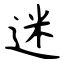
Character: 迷